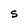
Character: S